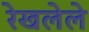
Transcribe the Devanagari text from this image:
रेखलेले